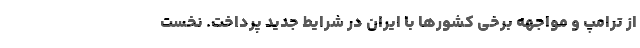
از ترامپ و مواجهه برخی کشورها با ایران در شرایط جدید پرداخت. نخست